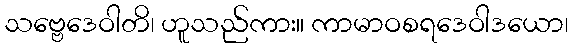
သဗ္ဗေဒေဝါတိ၊ ဟူသည်ကား။ ကာမာဝစရဒေဝါဒယော၊